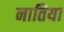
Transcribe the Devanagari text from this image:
नातिया